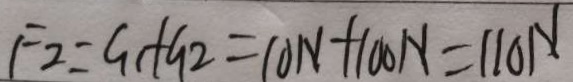
F _ { 2 } = G _ { 1 } + G _ { 2 } = 1 0 N + 1 0 0 N = 1 1 0 N